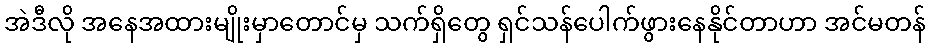
အဲဒီလို အနေအထားမျိုးမှာတောင်မှ သက်ရှိတွေ ရှင်သန်ပေါက်ဖွားနေနိုင်တာဟာ အင်မတန်